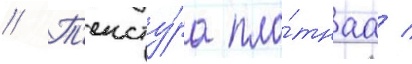
// Т'ексту́ра пло́тнаа /